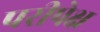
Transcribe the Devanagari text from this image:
परीपेक्ष